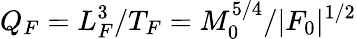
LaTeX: Q_{F}=L_{F}^{3}/T_{F}=M_{0}^{5/4}/|F_{0}|^{1/2}